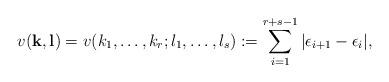
LaTeX: \begin{align*}v(\mathbf{k}, \mathbf{l}) = v(k_1, \dots, k_r; l_1, \dots, l_s) := \sum_{i=1}^{r+s-1} |\epsilon_{i+1}-\epsilon_i|,\end{align*}